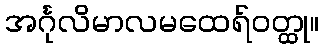
အင်္ဂုလိမာလမထေရ်ဝတ္ထု။